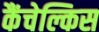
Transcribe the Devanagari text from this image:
कैंचेल्किस